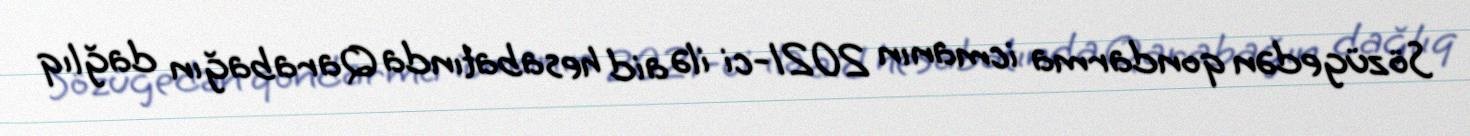
Sözügedən qondarma icmanın 2021-ci ilə aid hesabatında Qarabağın dağlıq